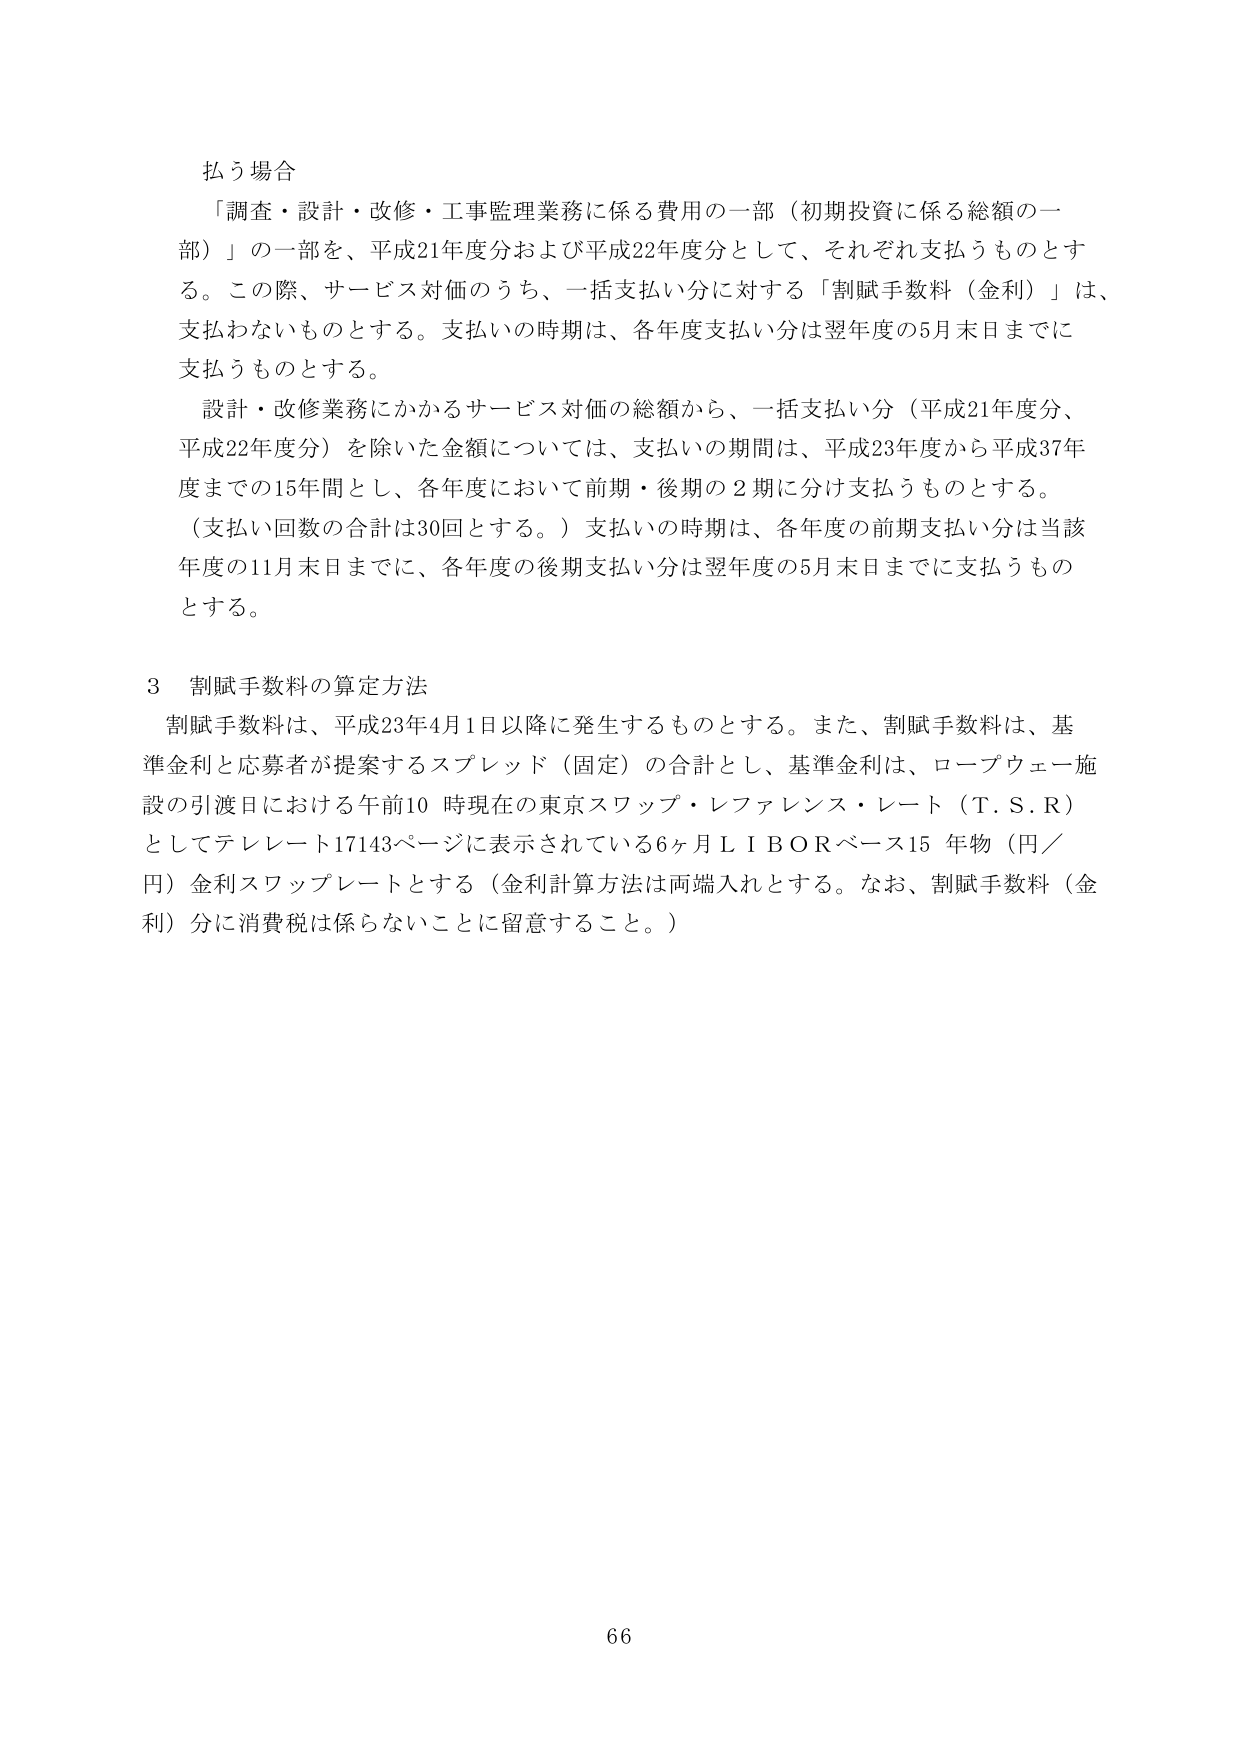
払う場合
「調査・設計・改修・工事監理業務に係る費用の一部（初期投資に係る総額の一部）」の一部を、平成21年度分および平成22年度分として、それぞれ支払うものとする。この際、サービス対価のうち、一括支払い分に対する「割賦手数料（金利）」は、支払わないものとする。支払いの時期は、各年度支払い分は翌年度の5月末日までに支払うものとする。
設計・改修業務にかかるサービス対価の総額から、一括支払い分（平成21年度分、平成22年度分）を除いた金額については、支払いの期間は、平成23年度から平成37年度までの15年間とし、各年度において前期・後期の2期に分け支払うものとする。
（支払い回数の合計は30回とする。）支払いの時期は、各年度の前期支払い分は当該年度の11月末日までに、各年度の後期支払い分は翌年度の5月末日までに支払うものとする。

3 割賦手数料の算定方法
割賦手数料は、平成23年4月1日以降に発生するものとする。また、割賦手数料は、基準金利と応募者が提案するスプレッド（固定）の合計とし、基準金利は、ロープウェー施設の引渡日における午前10時現在の東京スワップ・レファレンス・レート（T.S.R）としてテレレート17143ページに表示されている6ヶ月LIBORベース15年物（円／円）金利スワップレートとする（金利計算方法は両端入れとする。なお、割賦手数料（金利）分に消費税は係らないことに留意すること。）

66